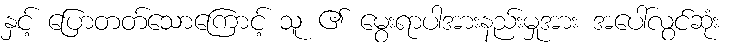
နှင့် ပြောတတ်သောကြောင့် သူ ၏ မွေးရာပါအားနည်းမှုအား အပေါ်လွင်ဆုံး